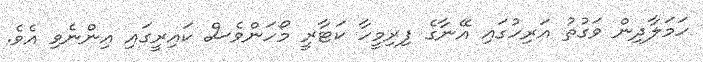
ހަމަލާދިން ވަގުތު އަރިހުގައި އޭނާގެ ފިރިމީހާ ކަޓާރީ މޯހަންވެސް ކައިރީގައި އިންނެވި އެވެ.